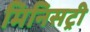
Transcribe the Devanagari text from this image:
मिनिसट्री